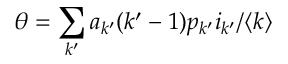
{ \theta = \sum _ { k ^ { \prime } } a _ { k ^ { \prime } } ( k ^ { \prime } - 1 ) p _ { k ^ { \prime } } i _ { k ^ { \prime } } / \langle k \rangle }